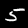
Label: 5